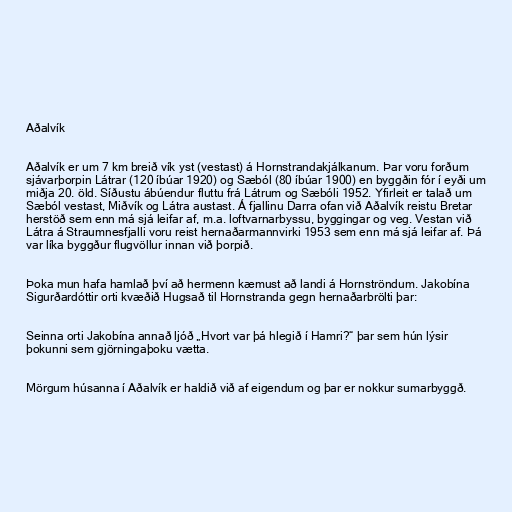
Aðalvík

Aðalvík er um 7 km breið vík yst (vestast) á Hornstrandakjálkanum. Þar voru forðum
sjávarþorpin Látrar (120 íbúar 1920) og Sæból (80 íbúar 1900) en byggðin fór í eyði um
miðja 20. öld. Síðustu ábúendur fluttu frá Látrum og Sæbóli 1952. Yfirleit er talað um
Sæból vestast, Miðvík og Látra austast. Á fjallinu Darra ofan við Aðalvík reistu Bretar
herstöð sem enn má sjá leifar af, m.a. loftvarnarbyssu, byggingar og veg. Vestan við
Látra á Straumnesfjalli voru reist hernaðarmannvirki 1953 sem enn má sjá leifar af. Þá
var líka byggður flugvöllur innan við þorpið.

Þoka mun hafa hamlað því að hermenn kæmust að landi á Hornströndum. Jakobína
Sigurðardóttir orti kvæðið Hugsað til Hornstranda gegn hernaðarbrölti þar:

Seinna orti Jakobína annað ljóð „Hvort var þá hlegið í Hamri?“ þar sem hún lýsir
þokunni sem gjörningaþoku vætta.

Mörgum húsanna í Aðalvík er haldið við af eigendum og þar er nokkur sumarbyggð.